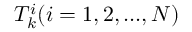
T _ { k } ^ { i } ( i = 1 , 2 , . . . , N )